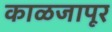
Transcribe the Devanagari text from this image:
काळजापूर